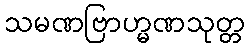
သမဏဗြာဟ္မဏသုတ္တ